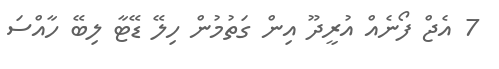
7 އެޖް ފޯނެއް އުރީދޫ އިން ގަތުމުން ހިލޭ ޑޭޓާ ލިބޭ ހާއްސަ